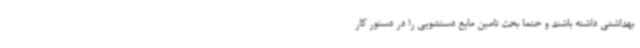
بهداشتی داشته باشند و حتما بحث تامین مایع دستشویی را در دستور کار